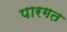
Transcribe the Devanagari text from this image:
पारगत